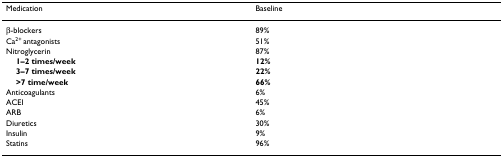
| Medication | Baseline |
 | --- | --- |
 | β-blockers | 89% |
 | Ca2+ antagonists | 51% |
 | Nitroglycerin | 87% |
 | 1–2 times/week | 12% |
 | 3–7 times/week | 22% |
 | >7 time/week | 66% |
 | Anticoagulants | 6% |
 | ACEI | 45% |
 | ARB | 6% |
 | Diuretics | 30% |
 | Insulin | 9% |
 | Statins | 96% |